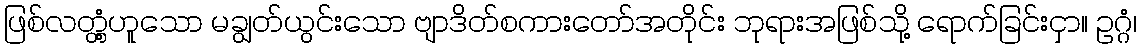
ဖြစ်လတ္တံ့ဟူသော မချွတ်ယွင်းသော ဗျာဒိတ်စကားတော်အတိုင်း ဘုရားအဖြစ်သို့ ရောက်ခြင်းငှာ။ ဥဂ္ဂံ၊